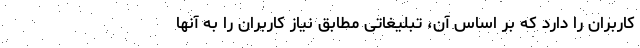
کاربران را دارد که بر اساس آن، تبلیغاتی مطابق نیاز کاربران را به آنها